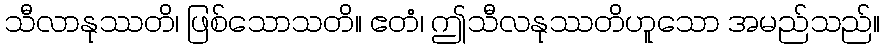
သီလာနုဿတိ၊ ဖြစ်သောသတိ။ ဧတံ၊ ဤသီလနုဿတိဟူသော အမည်သည်။